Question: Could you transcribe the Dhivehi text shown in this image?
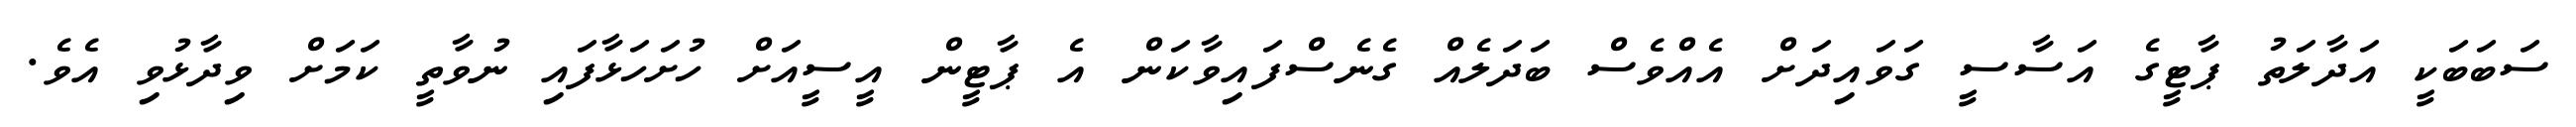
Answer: ސަބަބަކީ އަދާލަތު ޕާޓީގެ އަސާސީ ގަވައިދަށް އެއްވެސް ބަދަލެއް ގެނެސްފައިވާކަން އެ ޕާޓީން އީސީއަށް ހުށަހަޅާފައި ނުވާތީ ކަމަށް ވިދާޅުވި އެވެ.